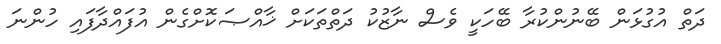
ދަތް އުގުޅަން ބޭނުންކުރާ ބޭހަކީ ވެސް ނާޒުކު ދަތްތަކަށް ޚާއްޞަކޮށްގެން އުފައްދާފައި ހުންނަ